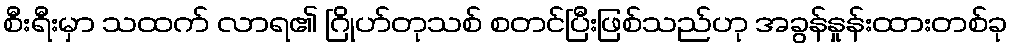
စီးရီးမှာ သထက် လာရ၏ ဂြိုဟ်တုသစ် စတင်ပြီးဖြစ်သည်ဟု အခွန်နှုန်းထားတစ်ခု